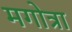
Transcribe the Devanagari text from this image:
मगोत्रा